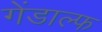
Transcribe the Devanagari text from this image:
गेंडाल्फ